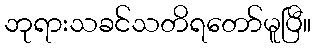
ဘုရားသခင်သတိရတော်မူပြီ။